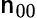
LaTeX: \mathsf{n}_{00}